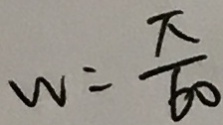
w = \frac { \pi } { 6 0 }